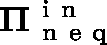
\mathbf { \Pi } _ { \mathrm { ~ n ~ e ~ q ~ } } ^ { \mathrm { ~ i ~ n ~ } }